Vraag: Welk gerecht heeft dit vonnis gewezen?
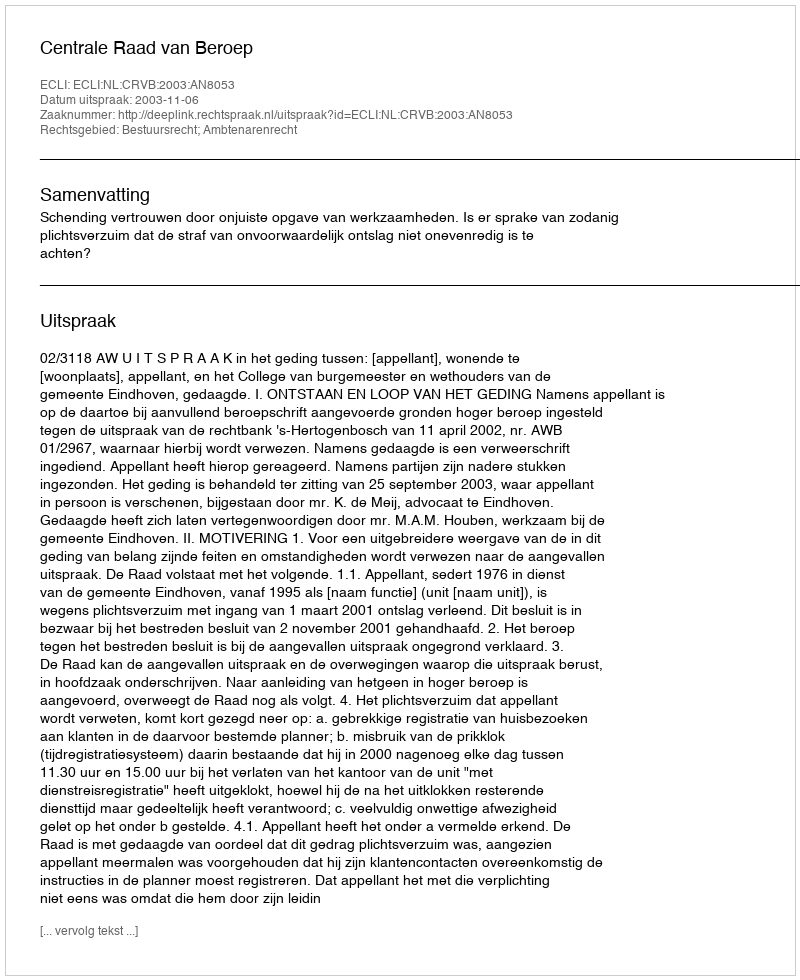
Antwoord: Centrale Raad van Beroep